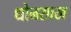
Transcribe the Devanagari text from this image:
धोनसाख